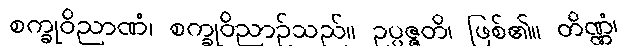
စက္ခုဝိညာဏံ၊ စက္ခုဝိညာဉ်သည်။ ဥပ္ပဇ္ဇတိ၊ ဖြစ်၏။ တိဏ္ဏံ၊